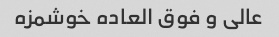
عالی و فوق العاده خوشمزه